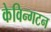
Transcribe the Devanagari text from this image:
केविन्गटन